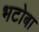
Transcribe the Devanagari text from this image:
भटोबा